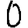
Digit: 0